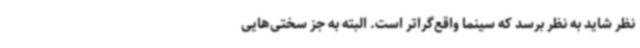
نظر شاید به نظر برسد که سینما واقع‌گراتر است. البته به جز سختی‌هایی